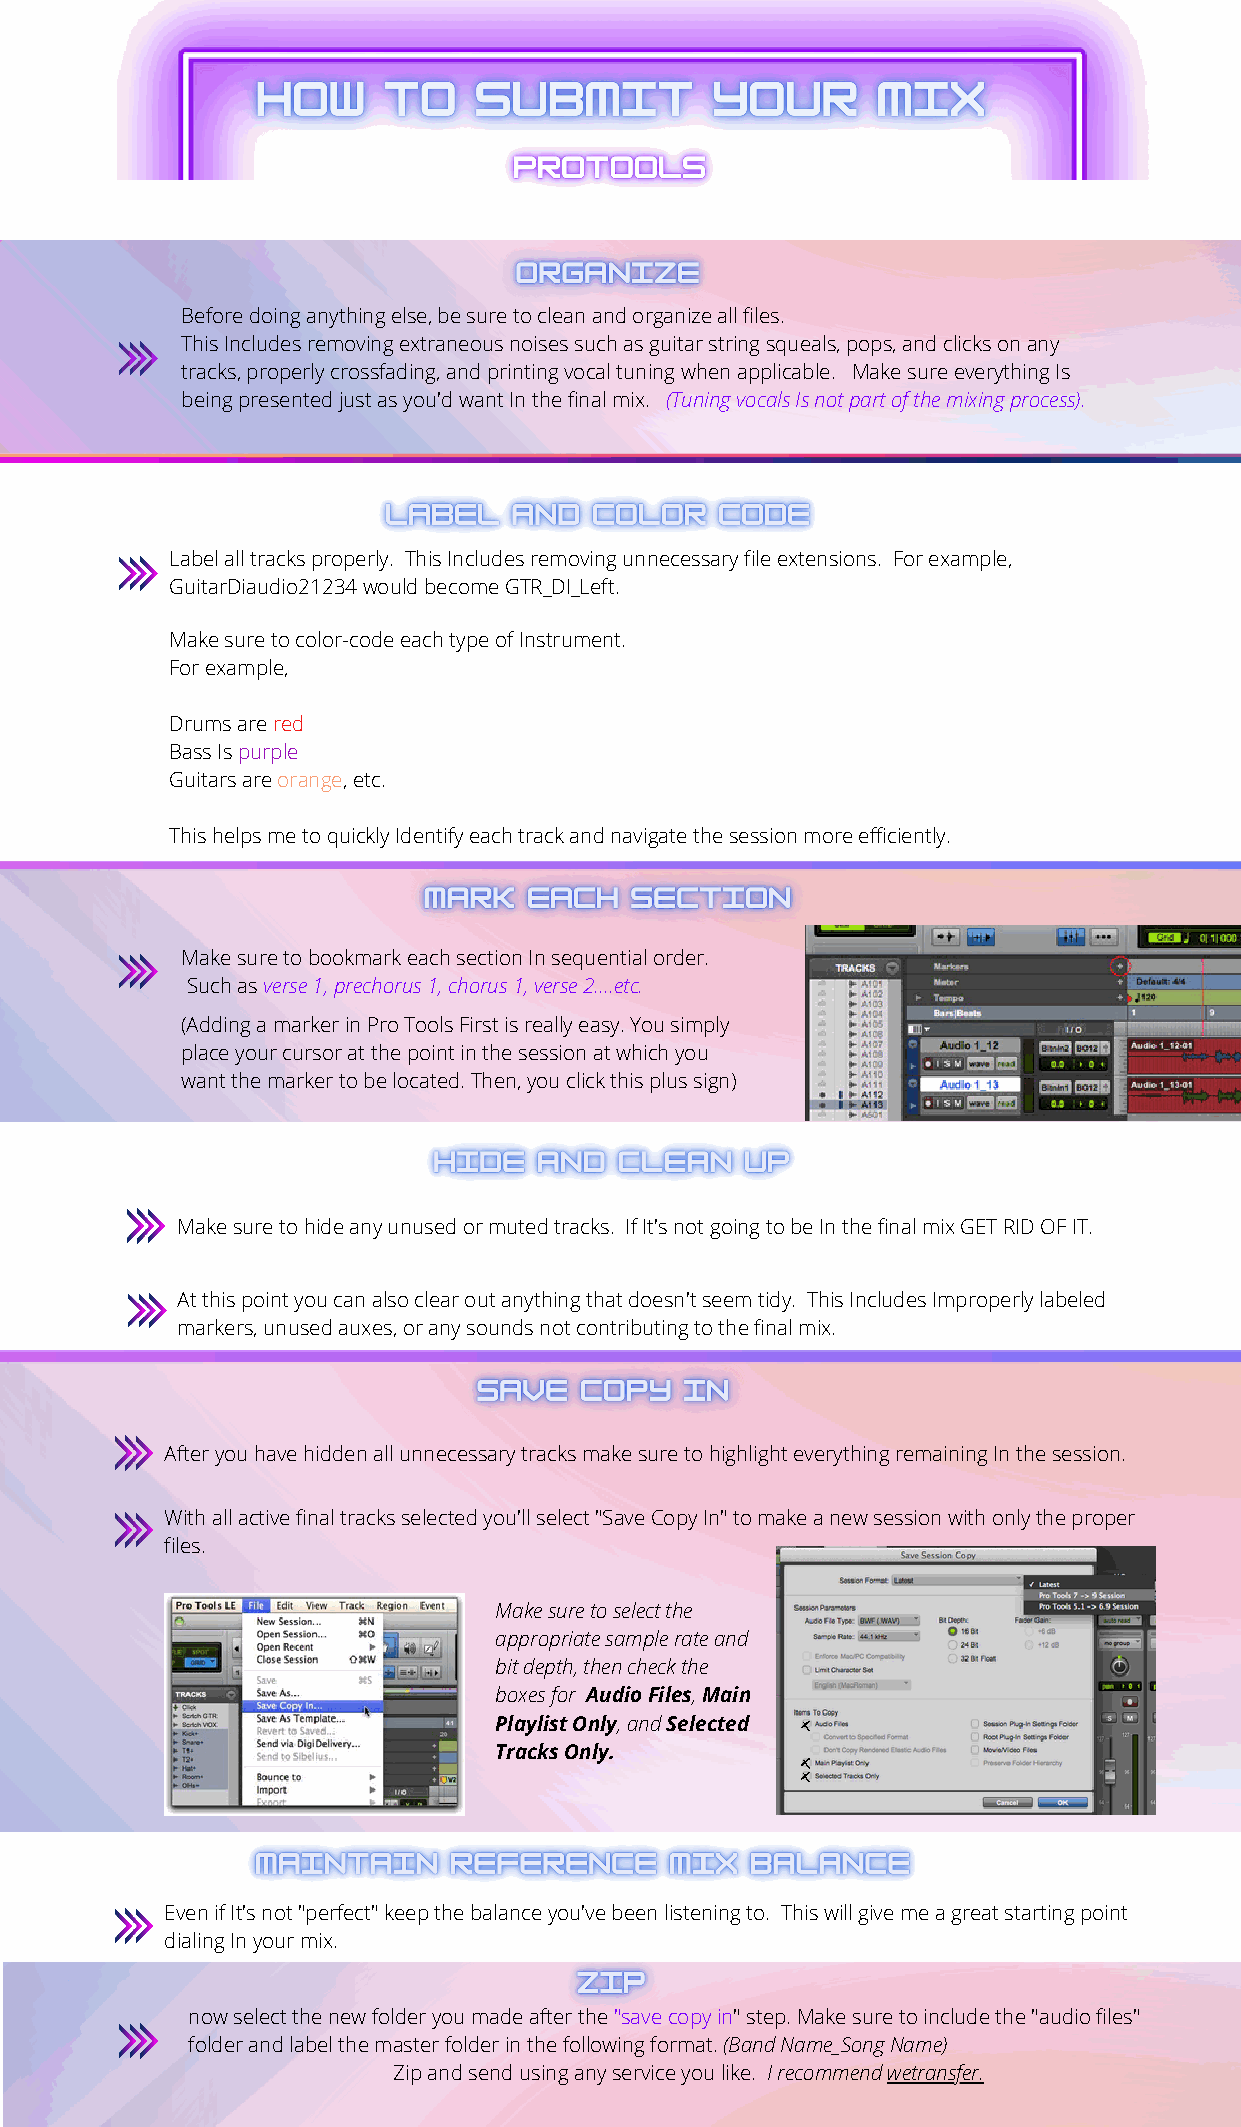
Before doing anything else, be sure to clean and organize all files.
 This Includes removing extraneous noises such as guitar string squeals, pops, and clicks on any
 tracks, properly crossfading, and printing vocal tuning when applicable. Make sure everything Is
 being presented just as you'd want In the final mix. (Tuning vocals Is not part of the mixing process).
 Label all tracks properly. This Includes removing unnecessary file extensions. For example,
 GuitarDiaudio21234 would become GTR_DI_Left.
 Make sure to color-code each type of Instrument.
 For example,
 Drums are red
 Bass Is purple
 Guitars are orange, etc.
 This helps me to quickly Identify each track and navigate the session more efficiently.
 Make sure to bookmark each section In sequential order.
 Such as verse 1, prechorus 1, chorus 1, verse 2....etc.
 (Adding a marker in Pro Tools First is really easy. You simply
 place your cursor at the point in the session at which you
 want the marker to be located. Then, you click this plus sign)
 Make sure to hide any unused or muted tracks. If It's not going to be In the final mix GET RID OF IT.
 At this point you can also clear out anything that doesn't seem tidy. This Includes Improperly labeled
 markers, unused auxes, or any sounds not contributing to the final mix.
 After you have hidden all unnecessary tracks make sure to highlight everything remaining In the session.
 With all active final tracks selected you'll select "Save Copy In" to make a new session with only the proper
 files.
 Make sure to select the
 appropriate sample rate and
 bit depth, then check the
 boxes for Audio Files, Main
 Playlist Only, and Selected
 Tracks Only.
 Even if It's not "perfect" keep the balance you've been listening to. This will give me a great starting point
 dialing In your mix.
 now select the new folder you made after the "save copy in" step. Make sure to include the "audio files"
 folder and label the master folder in the following format. (Band Name_Song Name)
 Zip and send using any service you like. I recommend wetransfer.